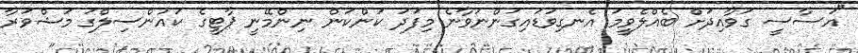
"އަސާސީ ގަވާއިދަށް ބެއްލެވީމަ އެނގިވަޑައިގަންނަވާނެ މިފަދަ ކަންކަން ނިންމޭނީ ޕާޓީގެ ކައުންސިލްގަ މަޝްވަރާ